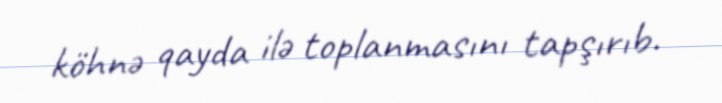
köhnə qayda ilə toplanmasını tapşırıb.